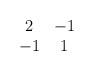
LaTeX: \begin{align*}\begin{array}{cc} 2 & -1 \\ -1 & 1 \end{array}\end{align*}